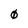
Character: 0